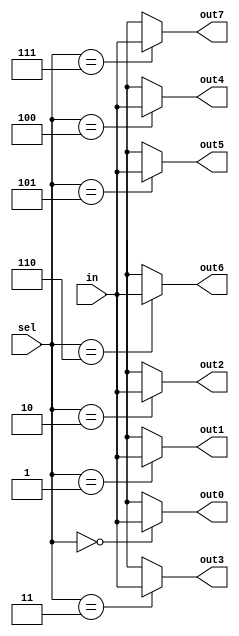
module demux_8line_8bit(in, sel, out0, out1, out2, out3, out4, out5, out6, out7);
    input [7:0] in;
    input [2:0] sel;
    output reg [7:0] out0;
    output reg [7:0] out1;
    output reg [7:0] out2;
    output reg [7:0] out3;
    output reg [7:0] out4;
    output reg [7:0] out5;
    output reg [7:0] out6;
    output reg [7:0] out7;

    always @(in or sel)
    begin
        case(sel)
            4'd0:
                begin
                    out0 = in;
                    out1 = 8'bxxxxxxxx;
                    out2 = 8'bxxxxxxxx;
                    out3 = 8'bxxxxxxxx;
                    out4 = 8'bxxxxxxxx;
                    out5 = 8'bxxxxxxxx;
                    out6 = 8'bxxxxxxxx;
                    out7 = 8'bxxxxxxxx;
                end
            4'd1:
                begin
                    out0 = 8'bxxxxxxxx;
                    out1 = in;
                    out2 = 8'bxxxxxxxx;
                    out3 = 8'bxxxxxxxx;
                    out4 = 8'bxxxxxxxx;
                    out5 = 8'bxxxxxxxx;
                    out6 = 8'bxxxxxxxx;
                    out7 = 8'bxxxxxxxx;
                end
            4'd2:
                begin
                    out0 = 8'bxxxxxxxx;
                    out1 = 8'bxxxxxxxx;
                    out2 = in;
                    out3 = 8'bxxxxxxxx;
                    out4 = 8'bxxxxxxxx;
                    out5 = 8'bxxxxxxxx;
                    out6 = 8'bxxxxxxxx;
                    out7 = 8'bxxxxxxxx;
                end
            4'd3:
                begin
                    out0 = 8'bxxxxxxxx;
                    out1 = 8'bxxxxxxxx;
                    out2 = 8'bxxxxxxxx;
                    out3 = in;
                    out4 = 8'bxxxxxxxx;
                    out5 = 8'bxxxxxxxx;
                    out6 = 8'bxxxxxxxx;
                    out7 = 8'bxxxxxxxx;
                end
            4'd4:
                begin
                    out0 = 8'bxxxxxxxx;
                    out1 = 8'bxxxxxxxx;
                    out2 = 8'bxxxxxxxx;
                    out3 = 8'bxxxxxxxx;
                    out4 = in;
                    out5 = 8'bxxxxxxxx;
                    out6 = 8'bxxxxxxxx;
                    out7 = 8'bxxxxxxxx;
                end
            4'd5:
                begin
                    out0 = 8'bxxxxxxxx;
                    out1 = 8'bxxxxxxxx;
                    out2 = 8'bxxxxxxxx;
                    out3 = 8'bxxxxxxxx;
                    out4 = 8'bxxxxxxxx;
                    out5 = in;
                    out6 = 8'bxxxxxxxx;
                    out7 = 8'bxxxxxxxx;
                end
            4'd6:
                begin
                    out0 = 8'bxxxxxxxx;
                    out1 = 8'bxxxxxxxx;
                    out2 = 8'bxxxxxxxx;
                    out3 = 8'bxxxxxxxx;
                    out4 = 8'bxxxxxxxx;
                    out5 = 8'bxxxxxxxx;
                    out6 = in;
                    out7 = 8'bxxxxxxxx;
                end
            4'd7:
                begin
                    out0 = 8'bxxxxxxxx;
                    out1 = 8'bxxxxxxxx;
                    out2 = 8'bxxxxxxxx;
                    out3 = 8'bxxxxxxxx;
                    out4 = 8'bxxxxxxxx;
                    out5 = 8'bxxxxxxxx;
                    out6 = 8'bxxxxxxxx;
                    out7 = in;
                end
            default:
                begin
                    out0 = 8'bxxxxxxxx;
                    out1 = 8'bxxxxxxxx;
                    out2 = 8'bxxxxxxxx;
                    out3 = 8'bxxxxxxxx;
                    out4 = 8'bxxxxxxxx;
                    out5 = 8'bxxxxxxxx;
                    out6 = 8'bxxxxxxxx;
                    out7 = 8'bxxxxxxxx;
                end
        endcase
    end
endmodule